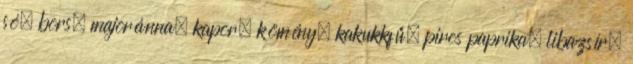
só, bors, majoránna, kapor, kömény, kakukkfű, piros paprika, libazsír,